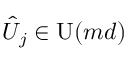
\hat { U } _ { j } \in \operatorname { U } ( m d )